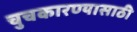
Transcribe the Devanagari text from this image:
चुचकारण्यासाठी